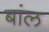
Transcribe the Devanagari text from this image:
बांल